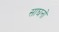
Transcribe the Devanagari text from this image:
साघनों